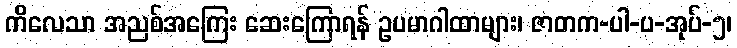
ကိလေသာ အညစ်အကြေး ဆေးကြောရန် ဥပမာဂါထာများ၊ ဇာတက-ပါ-ပ-အုပ်-၅၊